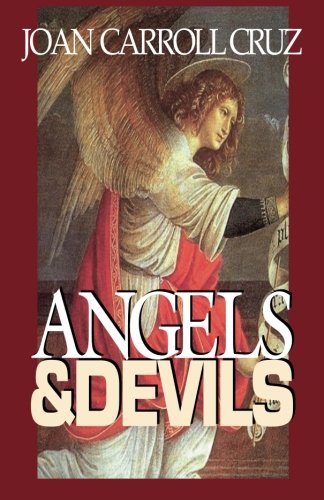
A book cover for Angels And Devils; Joan Carroll Cruz; Politics & Social Sciences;